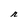
Character: n